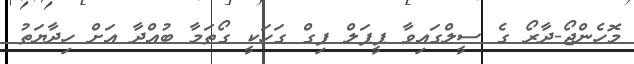
މޮހެންޖޯ-ދާރޯ ގެ ސީލްގައިވާ ޕީޕަލް ފިގް ގަހަކީ ގޯތަމާ ބުއްދާ އަށް ހިދާޔަތު